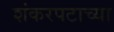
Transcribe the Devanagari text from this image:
शंकरपटाच्या